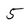
Character: 5